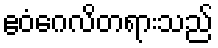
ဧဝံဂေလိတရားသည်